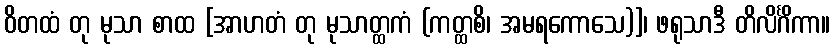
ဝိတထံ တု မုသာ စာထ [အာဟတံ တု မုသာတ္ထကံ (ကတ္ထစိ၊ အမရကောသေ)]၊ ဖရုသာဒီ တိလိင်္ဂိကာ။